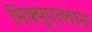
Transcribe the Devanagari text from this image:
मिक्युएत्लान